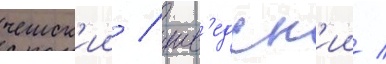
чешск'ии / шв'едск'ии /